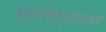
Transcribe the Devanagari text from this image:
घुसविल्यानंतर